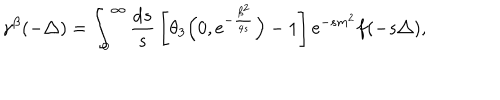
\gamma ^ { \beta } ( { - \triangle } ) = \int _ { 0 } ^ { \infty } { \frac { { \mathrm { d } } s } { s } } \left[ \theta _ { 3 } \Big ( 0 , { \mathrm { e } } ^ { - \frac { \beta ^ { 2 } } { 4 s } } \Big ) - 1 \right] { \mathrm e } ^ { - s m ^ { 2 } } f ( - s \triangle ) ,